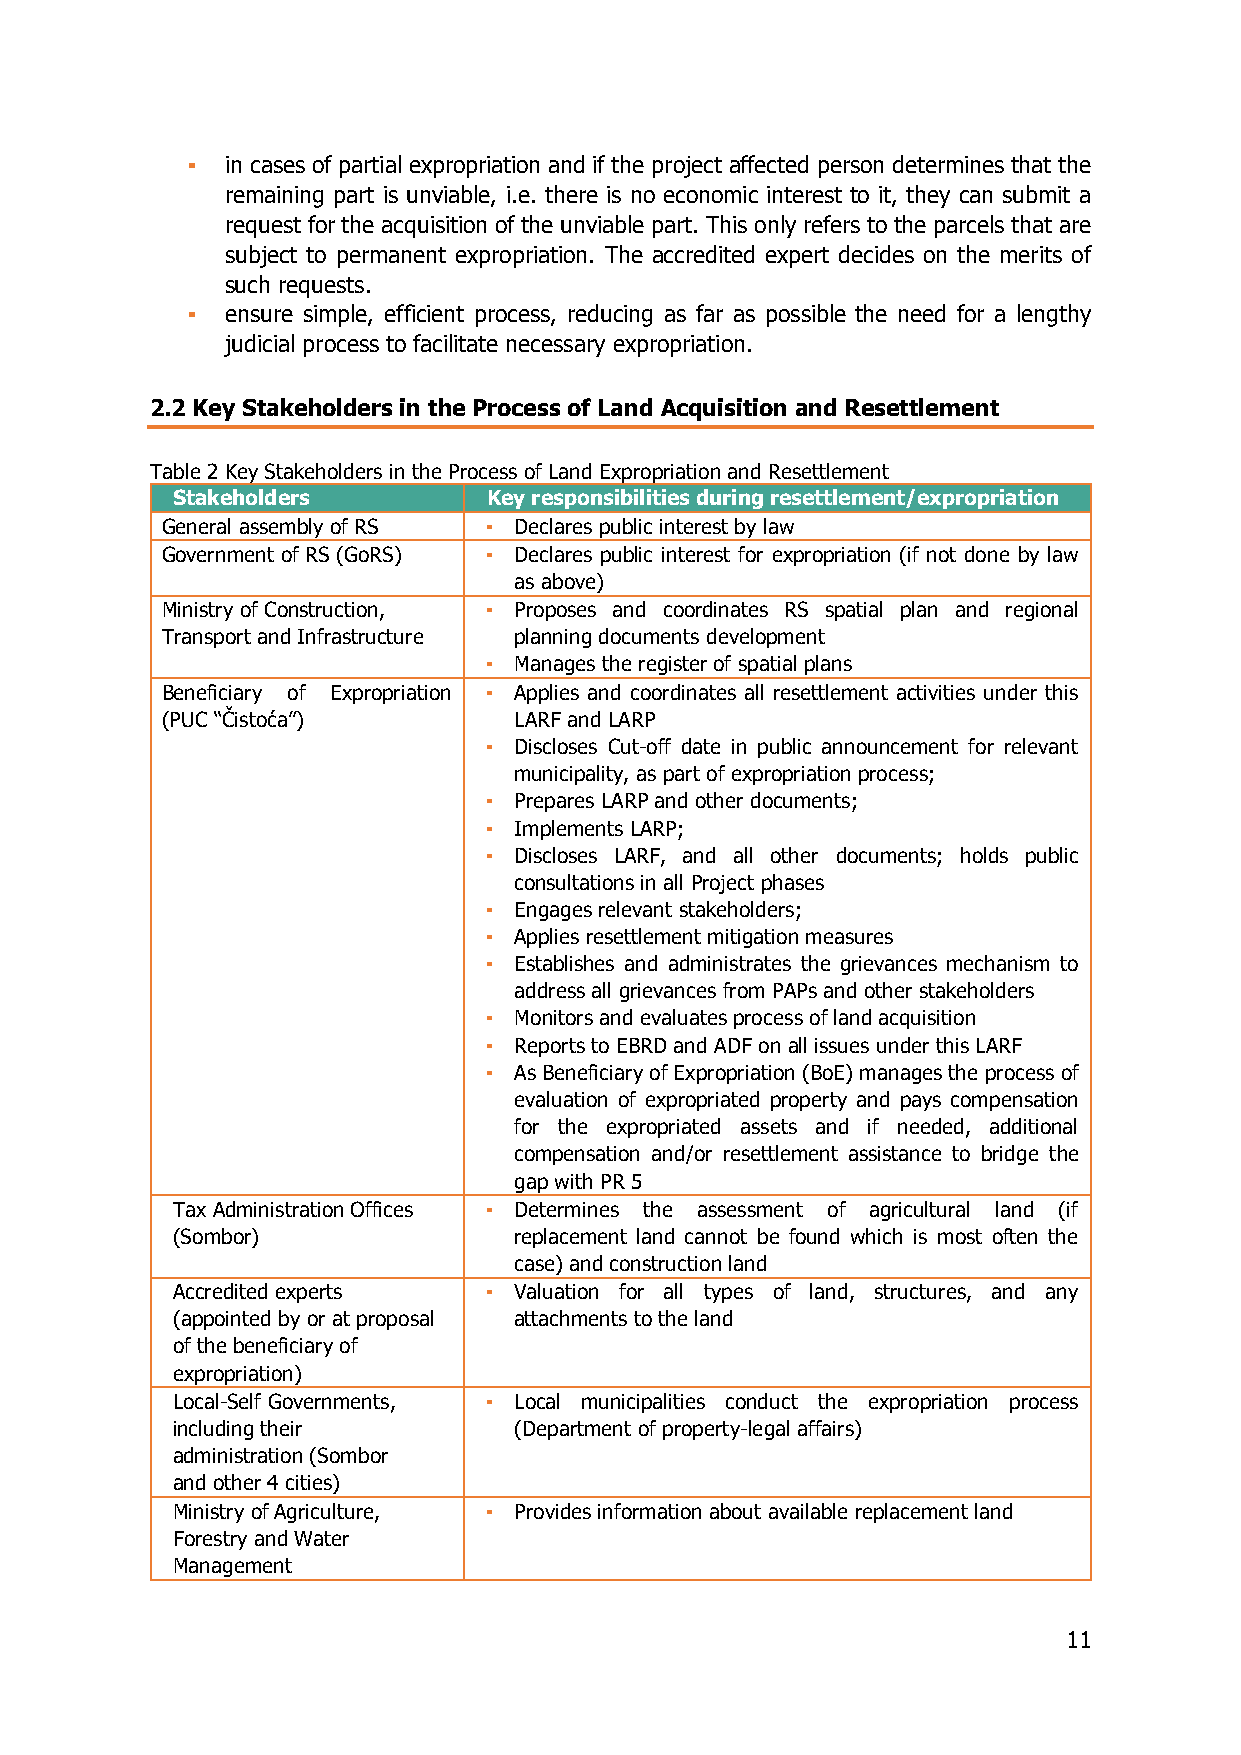
▪  in cases of partial expropriation and if the project affected person determines that the
 remaining part is unviable, i.e. there is no economic interest to it, they can submit a
 request for the acquisition of the unviable part. This only refers to the parcels that are
 subject to permanent expropriation. The accredited expert decides on the merits of
 such requests.
 ▪  ensure simple, efficient process, reducing as far as possible the need for a lengthy
 judicial process to facilitate necessary expropriation.
 2.2 Key Stakeholders in the Process of Land Acquisition and Resettlement
 Table 2 Key Stakeholders in the Process of Land Expropriation and Resettlement
 Stakeholders         Key responsibilities during resettlement/expropriation
 General assembly of RS ▪ Declares public interest by law
 Government of RS (GoRS) ▪ Declares public interest for expropriation (if not done by law
 as above)
 Ministry of Construction, ▪ Proposes and coordinates RS spatial plan and regional
 Transport and Infrastructure planning documents development
 ▪ Manages the register of spatial plans
 Beneficiary of Expropriation ▪ Applies and coordinates all resettlement activities under this
 (PUC “Čistoća”)        LARF and LARP
 ▪ Discloses Cut-off date in public announcement for relevant
 municipality, as part of expropriation process;
 ▪ Prepares LARP and other documents;
 ▪ Implements LARP;
 ▪ Discloses LARF, and all other documents; holds public
 consultations in all Project phases
 ▪ Engages relevant stakeholders;
 ▪ Applies resettlement mitigation measures
 ▪ Establishes and administrates the grievances mechanism to
 address all grievances from PAPs and other stakeholders
 ▪ Monitors and evaluates process of land acquisition
 ▪ Reports to EBRD and ADF on all issues under this LARF
 ▪ As Beneficiary of Expropriation (BoE) manages the process of
 evaluation of expropriated property and pays compensation
 for the expropriated assets and if needed, additional
 compensation and/or resettlement assistance to bridge the
 gap with PR 5
 Tax Administration Offices ▪ Determines the assessment of agricultural land (if
 (Sombor)               replacement land cannot be found which is most often the
 case) and construction land
 Accredited experts   ▪ Valuation for all types of land, structures, and any
 (appointed by or at proposal attachments to the land
 of the beneficiary of
 expropriation)
 Local-Self Governments, ▪ Local municipalities conduct the expropriation process
 including their        (Department of property-legal affairs)
 administration (Sombor
 and other 4 cities)
 Ministry of Agriculture, ▪ Provides information about available replacement land
 Forestry and Water
 Management
 11